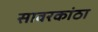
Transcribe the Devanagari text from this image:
सावरकांठा